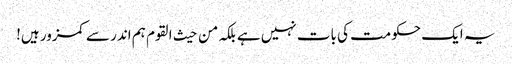
یہ ایک حکومت کی بات نہیں ہے بلکہ من حیث القوم ہم اندر سے کمزور ہیں!